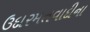
ઉદારમતવાદીના